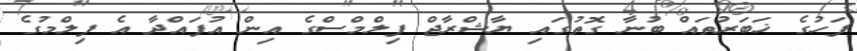
ފަހުގެ ޚަބަރުތައް ބުނާ ގޮތުގައި ޔާޝްރާޖް ފިލްމްްސްގެ އިން އުފައްދާ އެ ފިލްމުގެ